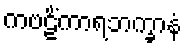
ကဗဠိံကာရဘက္ခာနံ